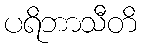
ပရိဘာသီတိ